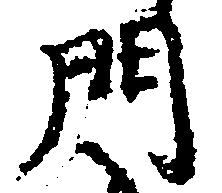
門